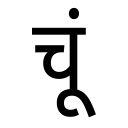
OCR:
चूं